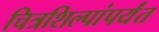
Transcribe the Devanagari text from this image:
चित्रशिल्पांपर्यंत